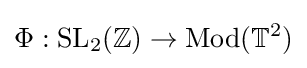
\Phi :\operatorname {SL} _{2}(\mathbb {Z} )\to \operatorname {Mod} (\mathbb {T} ^{2})